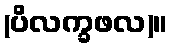
(ပိလက္ခဖလ)။